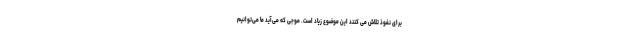
برای نفوذ تلاش می کنند این موضوع زیاد است. موجی که می‌آید ما می‌توانیم